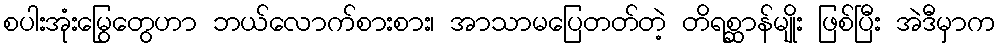
စပါးအုံးမြွေတွေဟာ ဘယ်လောက်စားစား၊ အာသာမပြေတတ်တဲ့ တိရစ္ဆာန်မျိုး ဖြစ်ပြီး အဲဒီမှာက